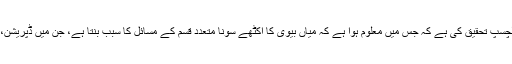
میل آن لائن کی رپورٹ کے مطابق یونیورسٹی آف لیڈز کے سائنسدانوںنے ایک دلچسپ تحقیق کی ہے کہ جس میں معلوم ہوا ہے کہ میاں بیوی کا اکٹھے سونا متعدد قسم کے مسائل کا سبب بنتا ہے، جن میں ڈپریشن، دل کی بیماری، نظام تنفس کے مسائل اور حتیٰ کہ طلاق کا خدشہ بھی شامل ہے۔